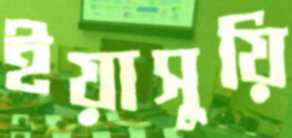
ইয়াসুয়ি